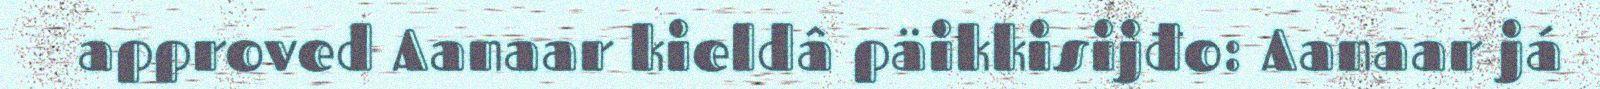
approved Aanaar kieldâ päikkisijđo: Aanaar já